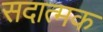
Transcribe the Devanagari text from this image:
सदात्मक